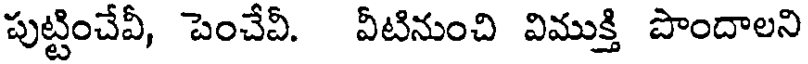
పుట్టించేవీ, పెంచేవీ. వీటినుంచి విముక్తి పొందాలని